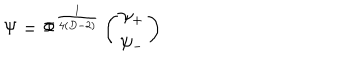
\Psi = \Phi ^ { \frac { 1 } { 4 ( D - 2 ) } } \left( \begin{array} { c } { { \psi _ { + } } } \\ { { \psi _ { - } } } \\ \end{array} \right)